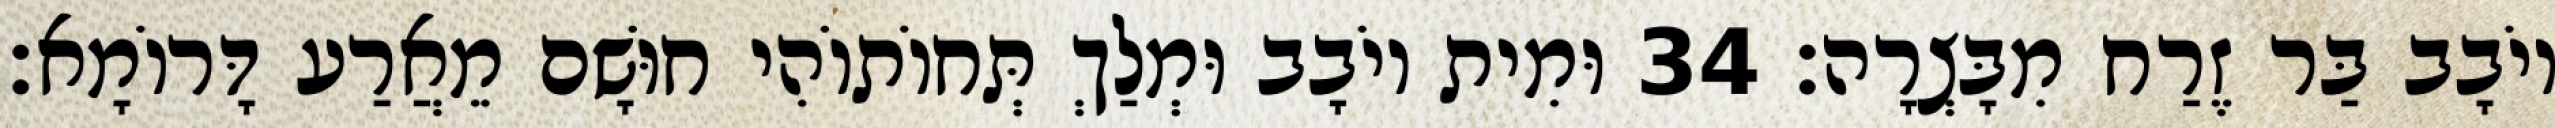
יוֹבָב בַּר זֶרַח מִבָּצְרָה׃ 34 וּמִית יוֹבָב וּמְלַךְ תְּחוֹתוֹהִי חוּשָׁם מֵאֲרַע דָּרוֹמָא׃